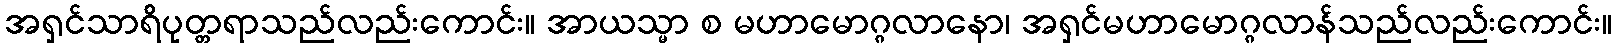
အရှင်သာရိပုတ္တရာသည်လည်းကောင်း။ အာယသ္မာ စ မဟာမောဂ္ဂလာနော၊ အရှင်မဟာမောဂ္ဂလာန်သည်လည်းကောင်း။